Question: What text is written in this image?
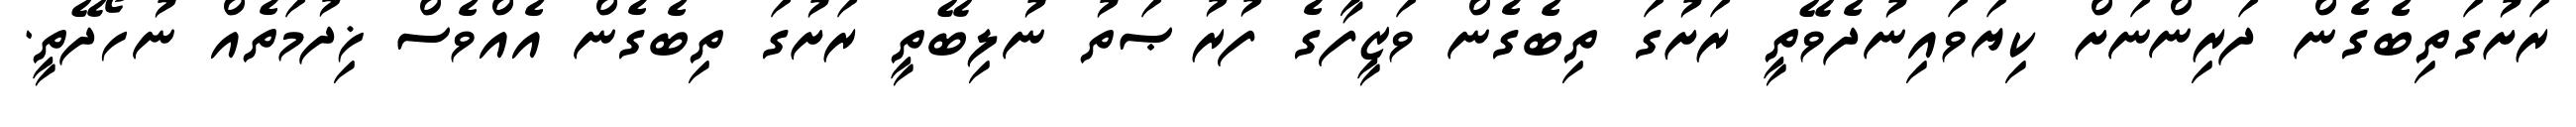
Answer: ރަށުގަތިބެގެން ދަރިންނަށް ކިޔަވައިނުދެވޭތީ ރަށުގަ ތިބެގެން ވަޒީފާގެ ފުރުޞަތު ނުލިބޭތީ ރަށުގަ ތިބެގެން އެއްވެސް ޚިދުމަތެއް ނުހޯދޭތީ.